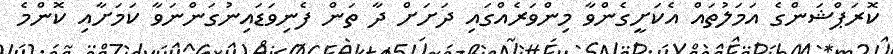
ކޮރަޕްޝަންގެ އަމަލުތައް އެކަށީގެންވާ މިންވަރެއްގައި ދަށަށް ދާ ތަން ފެނިވަޑައިނުގަންނަވާ ކަމަށާއި ކޮންމެ